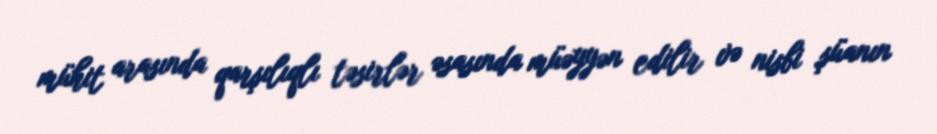
mühit arasında qarşılıqlı təsirlər əsasında müəyyən edilir və nisbi şüanın